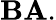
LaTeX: \mathbf{BA}.